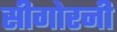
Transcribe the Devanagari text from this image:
सीगोरनी